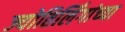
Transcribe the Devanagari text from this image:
ज्योतिर्लिंगांच्या